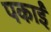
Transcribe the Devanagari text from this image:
पकाईं